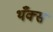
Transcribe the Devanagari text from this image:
थँक्स